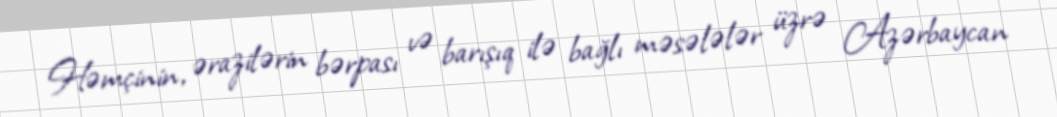
Həmçinin, ərazilərin bərpası və barışıq ilə bağlı məsələlər üzrə Azərbaycan